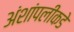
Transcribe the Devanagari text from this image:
अंशांपलीकडे